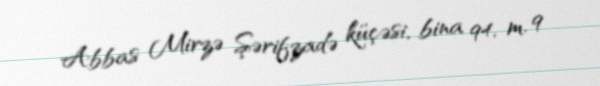
Abbas Mirzə Şərifzadə küçəsi, bina 94, m. 9